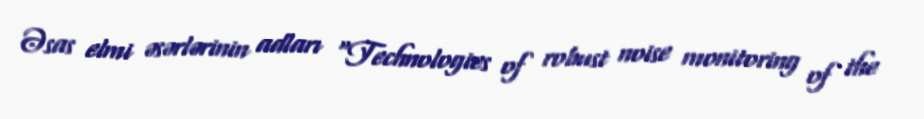
Əsas elmi əsərlərinin adları "Technologies of robust noise monitoring of the